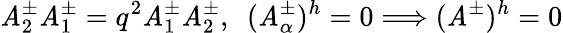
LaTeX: \mathit{A}_{2}^{\pm}\mathit{A}_{1}^{\pm}=q^{2}\mathit{A}_{1}^{\pm}\mathit{A}_{2}^{\pm},\ \ (\mathit{A}_{\alpha}^{\pm})^{h}=0\Longrightarrow(\mathit{A}^{\pm})^{h}=0